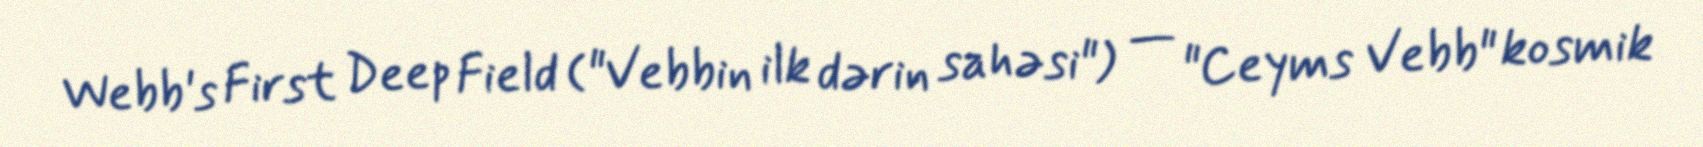
Webb's First Deep Field ("Vebbin ilk dərin sahəsi") — "Ceyms Vebb" kosmik